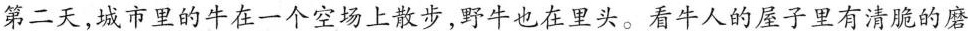
第二天，城市里的牛在一个空场上散步，野牛也在里头。看牛人的屋子里有清脆的磨